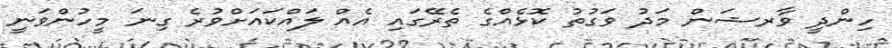
ހިންދީ ވާރޝަން މަދު ވަގުތު ކޮޅެއްގެ ތެރޭގައި އެއް ލައްކައަށްވުރެ ގިނަ މީހުންވަނީ